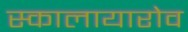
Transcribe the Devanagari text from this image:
स्कालायारोव